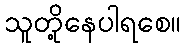
သူတို့နေပါရစေ။